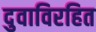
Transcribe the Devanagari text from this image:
दुवाविरहित